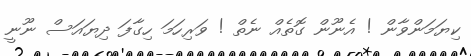
ކިޔަމަންވާން ! އެނޫން ގޮތެއް ނެތް ! ވަރިހަމަ ހިގާފަ ދިޔައަސް ނޫނީ